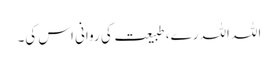
اللہ اللہ رے، طبیعت کی روانی اس کی۔